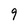
Character: 9